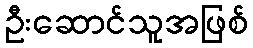
ဦးဆောင်သူအဖြစ်